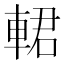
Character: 輑